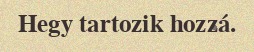
Hegy tartozik hozzá.